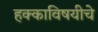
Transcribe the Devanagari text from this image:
हक्काविषयीचे